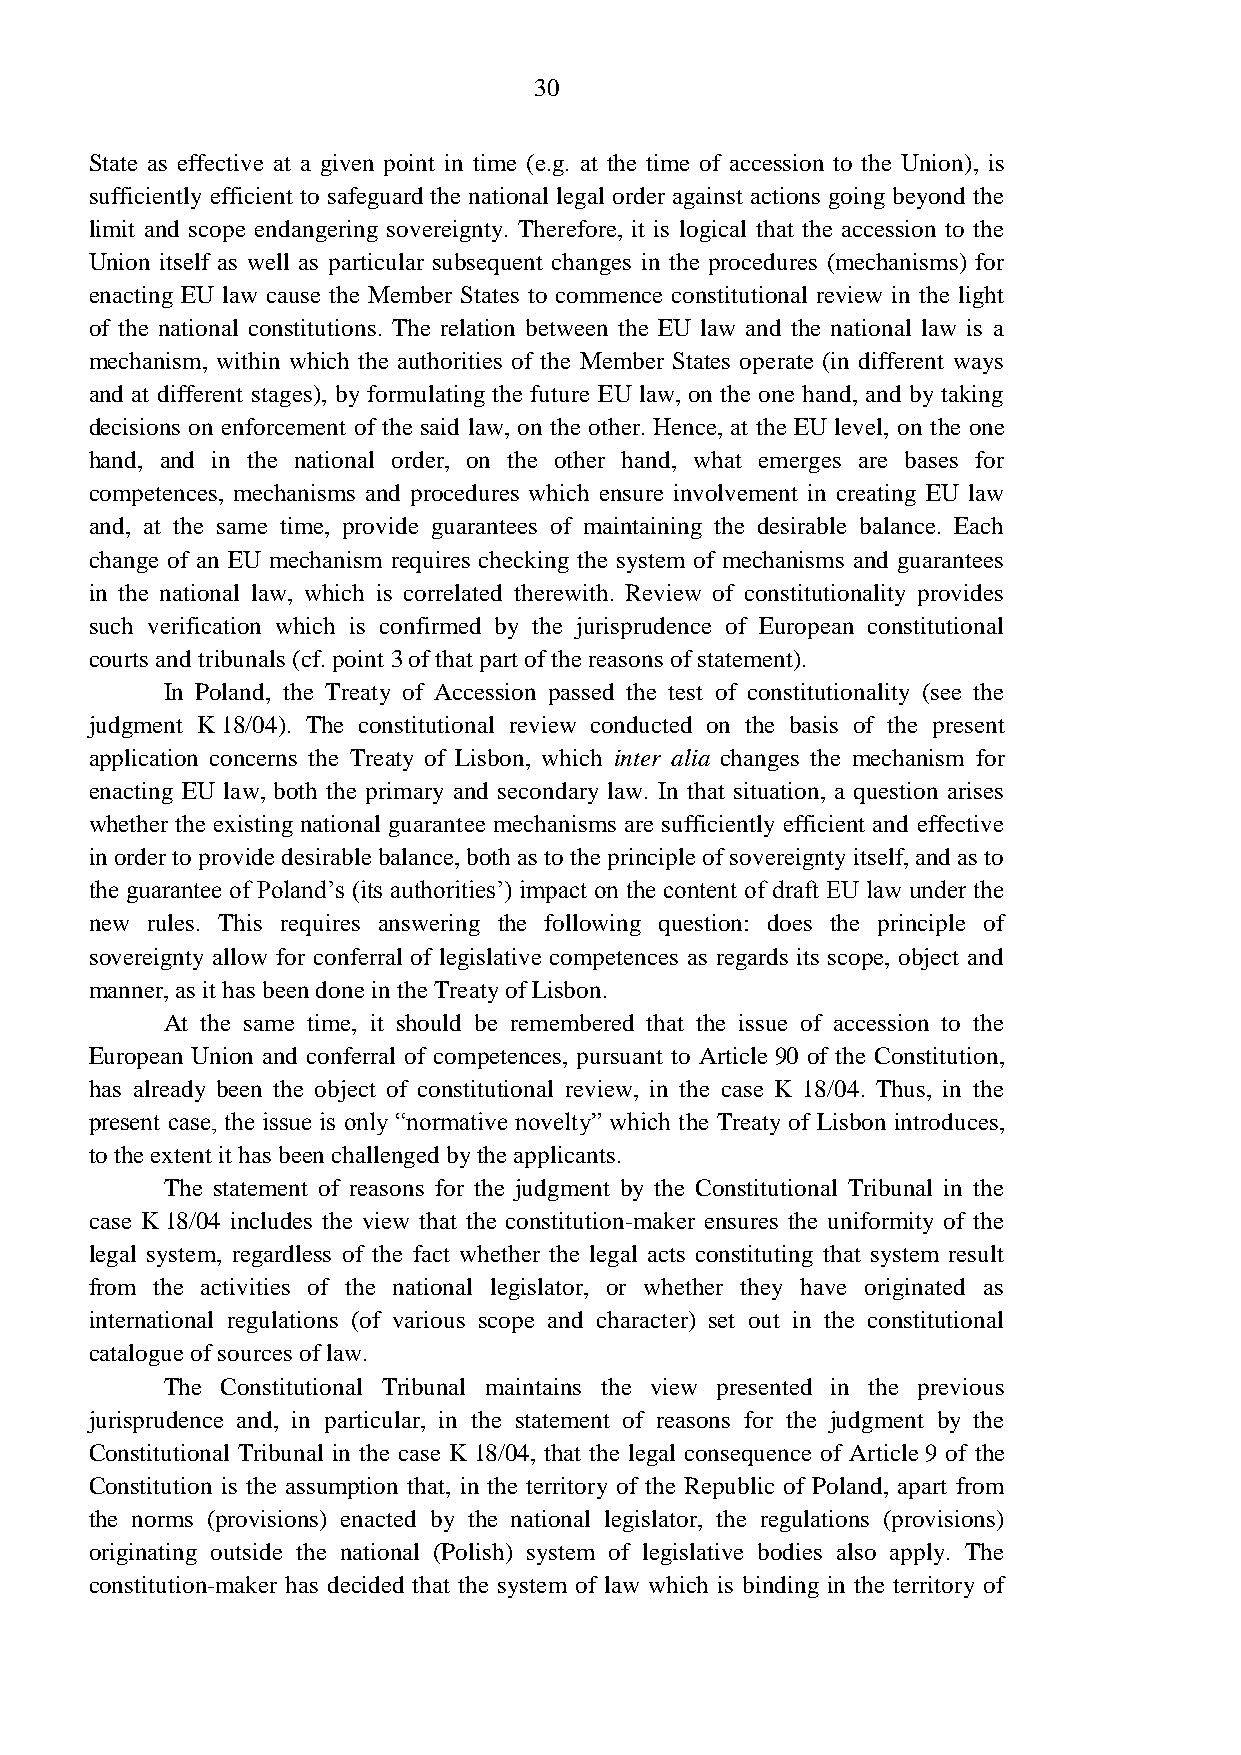
30
 State as effective at a given point in time (e.g. at the time of accession to the Union), is
 sufficiently efficient to safeguard the national legal order against actions going beyond the
 limit and scope endangering sovereignty. Therefore, it is logical that the accession to the
 Union itself as well as particular subsequent changes in the procedures (mechanisms) for
 enacting EU law cause the Member States to commence constitutional review in the light
 of the national constitutions. The relation between the EU law and the national law is a
 mechanism, within which the authorities of the Member States operate (in different ways
 and at different stages), by formulating the future EU law, on the one hand, and by taking
 decisions on enforcement of the said law, on the other. Hence, at the EU level, on the one
 hand, and in the national order, on the other hand, what emerges are bases for
 competences, mechanisms and procedures which ensure involvement in creating EU law
 and, at the same time, provide guarantees of maintaining the desirable balance. Each
 change of an EU mechanism requires checking the system of mechanisms and guarantees
 in the national law, which is correlated therewith. Review of constitutionality provides
 such verification which is confirmed by the jurisprudence of European constitutional
 courts and tribunals (cf. point 3 of that part of the reasons of statement).
 In Poland, the Treaty of Accession passed the test of constitutionality (see the
 judgment K 18/04). The constitutional review conducted on the basis of the present
 application concerns the Treaty of Lisbon, which inter alia changes the mechanism for
 enacting EU law, both the primary and secondary law. In that situation, a question arises
 whether the existing national guarantee mechanisms are sufficiently efficient and effective
 in order to provide desirable balance, both as to the principle of sovereignty itself, and as to
 the guarantee of Poland’s (its authorities’) impact on the content of draft EU law under the
 new rules. This requires answering the following question: does the principle of
 sovereignty allow for conferral of legislative competences as regards its scope, object and
 manner, as it has been done in the Treaty of Lisbon.
 At the same time, it should be remembered that the issue of accession to the
 European Union and conferral of competences, pursuant to Article 90 of the Constitution,
 has already been the object of constitutional review, in the case K 18/04. Thus, in the
 present case, the issue is only “normative novelty” which the Treaty of Lisbon introduces,
 to the extent it has been challenged by the applicants.
 The statement of reasons for the judgment by the Constitutional Tribunal in the
 case K 18/04 includes the view that the constitution-maker ensures the uniformity of the
 legal system, regardless of the fact whether the legal acts constituting that system result
 from the activities of the national legislator, or whether they have originated as
 international regulations (of various scope and character) set out in the constitutional
 catalogue of sources of law.
 The Constitutional Tribunal maintains the view presented in the previous
 jurisprudence and, in particular, in the statement of reasons for the judgment by the
 Constitutional Tribunal in the case K 18/04, that the legal consequence of Article 9 of the
 Constitution is the assumption that, in the territory of the Republic of Poland, apart from
 the norms (provisions) enacted by the national legislator, the regulations (provisions)
 originating outside the national (Polish) system of legislative bodies also apply. The
 constitution-maker has decided that the system of law which is binding in the territory of